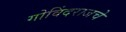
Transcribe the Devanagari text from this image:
गोविंदराजचे